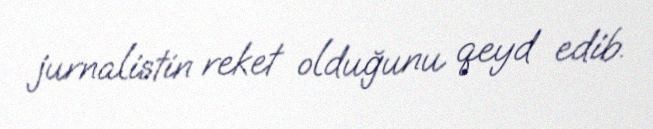
jurnalistin reket olduğunu qeyd edib.